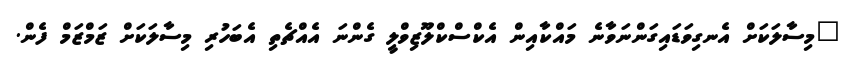
"މިސާލަކަށް އެނގިވަޑައިގަންނަވާނެ މައްކާއިން އެކްސްކްލޫޒިވްލީ ގެންނަ އެއްޗެތި އެބަހުރި މިސާލަކަށް ޒަމްޒަމް ފެން.